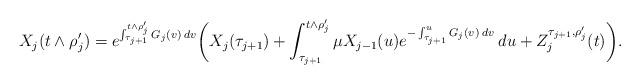
LaTeX: \begin{align*}X_j(t \wedge \rho_j') = e^{\int_{\tau_{j+1}}^{t \wedge \rho_j'} G_j(v) \: dv} \bigg( X_j(\tau_{j+1}) + \int_{\tau_{j+1}}^{t \wedge \rho_j'} \mu X_{j-1}(u) e^{-\int_{\tau_{j+1}}^u G_j(v) \: dv} \: du + Z_j^{\tau_{j+1}, \rho_j'}(t) \bigg).\end{align*}